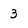
Character: 3